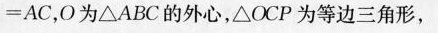
=AC，O为△ABC的外心，△OCP为等边三角形，